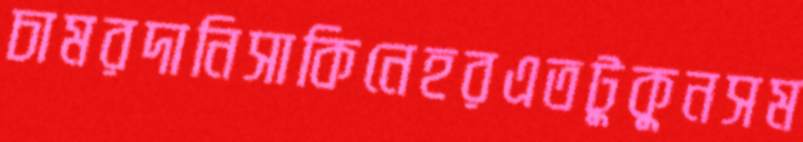
চামরদানিসাকিনেহরএতটুকুনসম